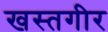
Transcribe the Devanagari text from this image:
खस्तगीर